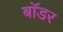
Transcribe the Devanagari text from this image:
बाॅडर